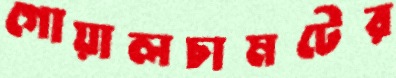
গোয়ালচামটের